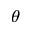
\theta